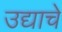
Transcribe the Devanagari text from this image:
उद्याचे